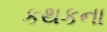
કથકના